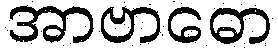
အာဗာဓော